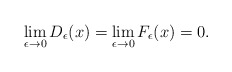
\begin{align*}\lim\limits_{\epsilon\to0}D_{\epsilon}(x)=\lim\limits_{\epsilon\to0}F_{\epsilon}(x)=0.\end{align*}